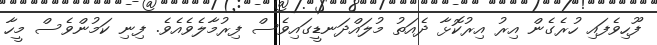
ފޫހިވެފައި ހުރެގެން އިރު އިރުކޮޅާ ދެއަތު މުލައްދަނޑީގައިވެސް ފިރުމާލެވެއެވެ. ފިނި ކަމުންވެސް މީހާ